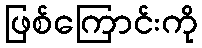
ဖြစ်ကြောင်းကို